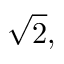
{ \sqrt { 2 } } ,